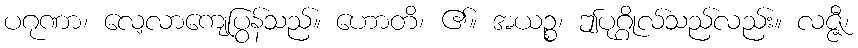
ပဂုဏာ၊ လေ့လာကျေပြွန်သည်။ ဟောတိ၊ ၏။ အယဉ္စ၊ ဤပုဂ္ဂိုလ်သည်လည်း။ လဇ္ဇီ၊